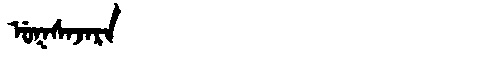
Manchu: ᡠᡴᠰᠠᠵᠠᡵᠠ
Romanization: UKSAJARA